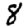
Digit: 8